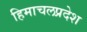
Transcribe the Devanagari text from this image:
हिमाचलप्रदेश